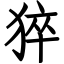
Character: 猝